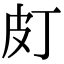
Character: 𤿆